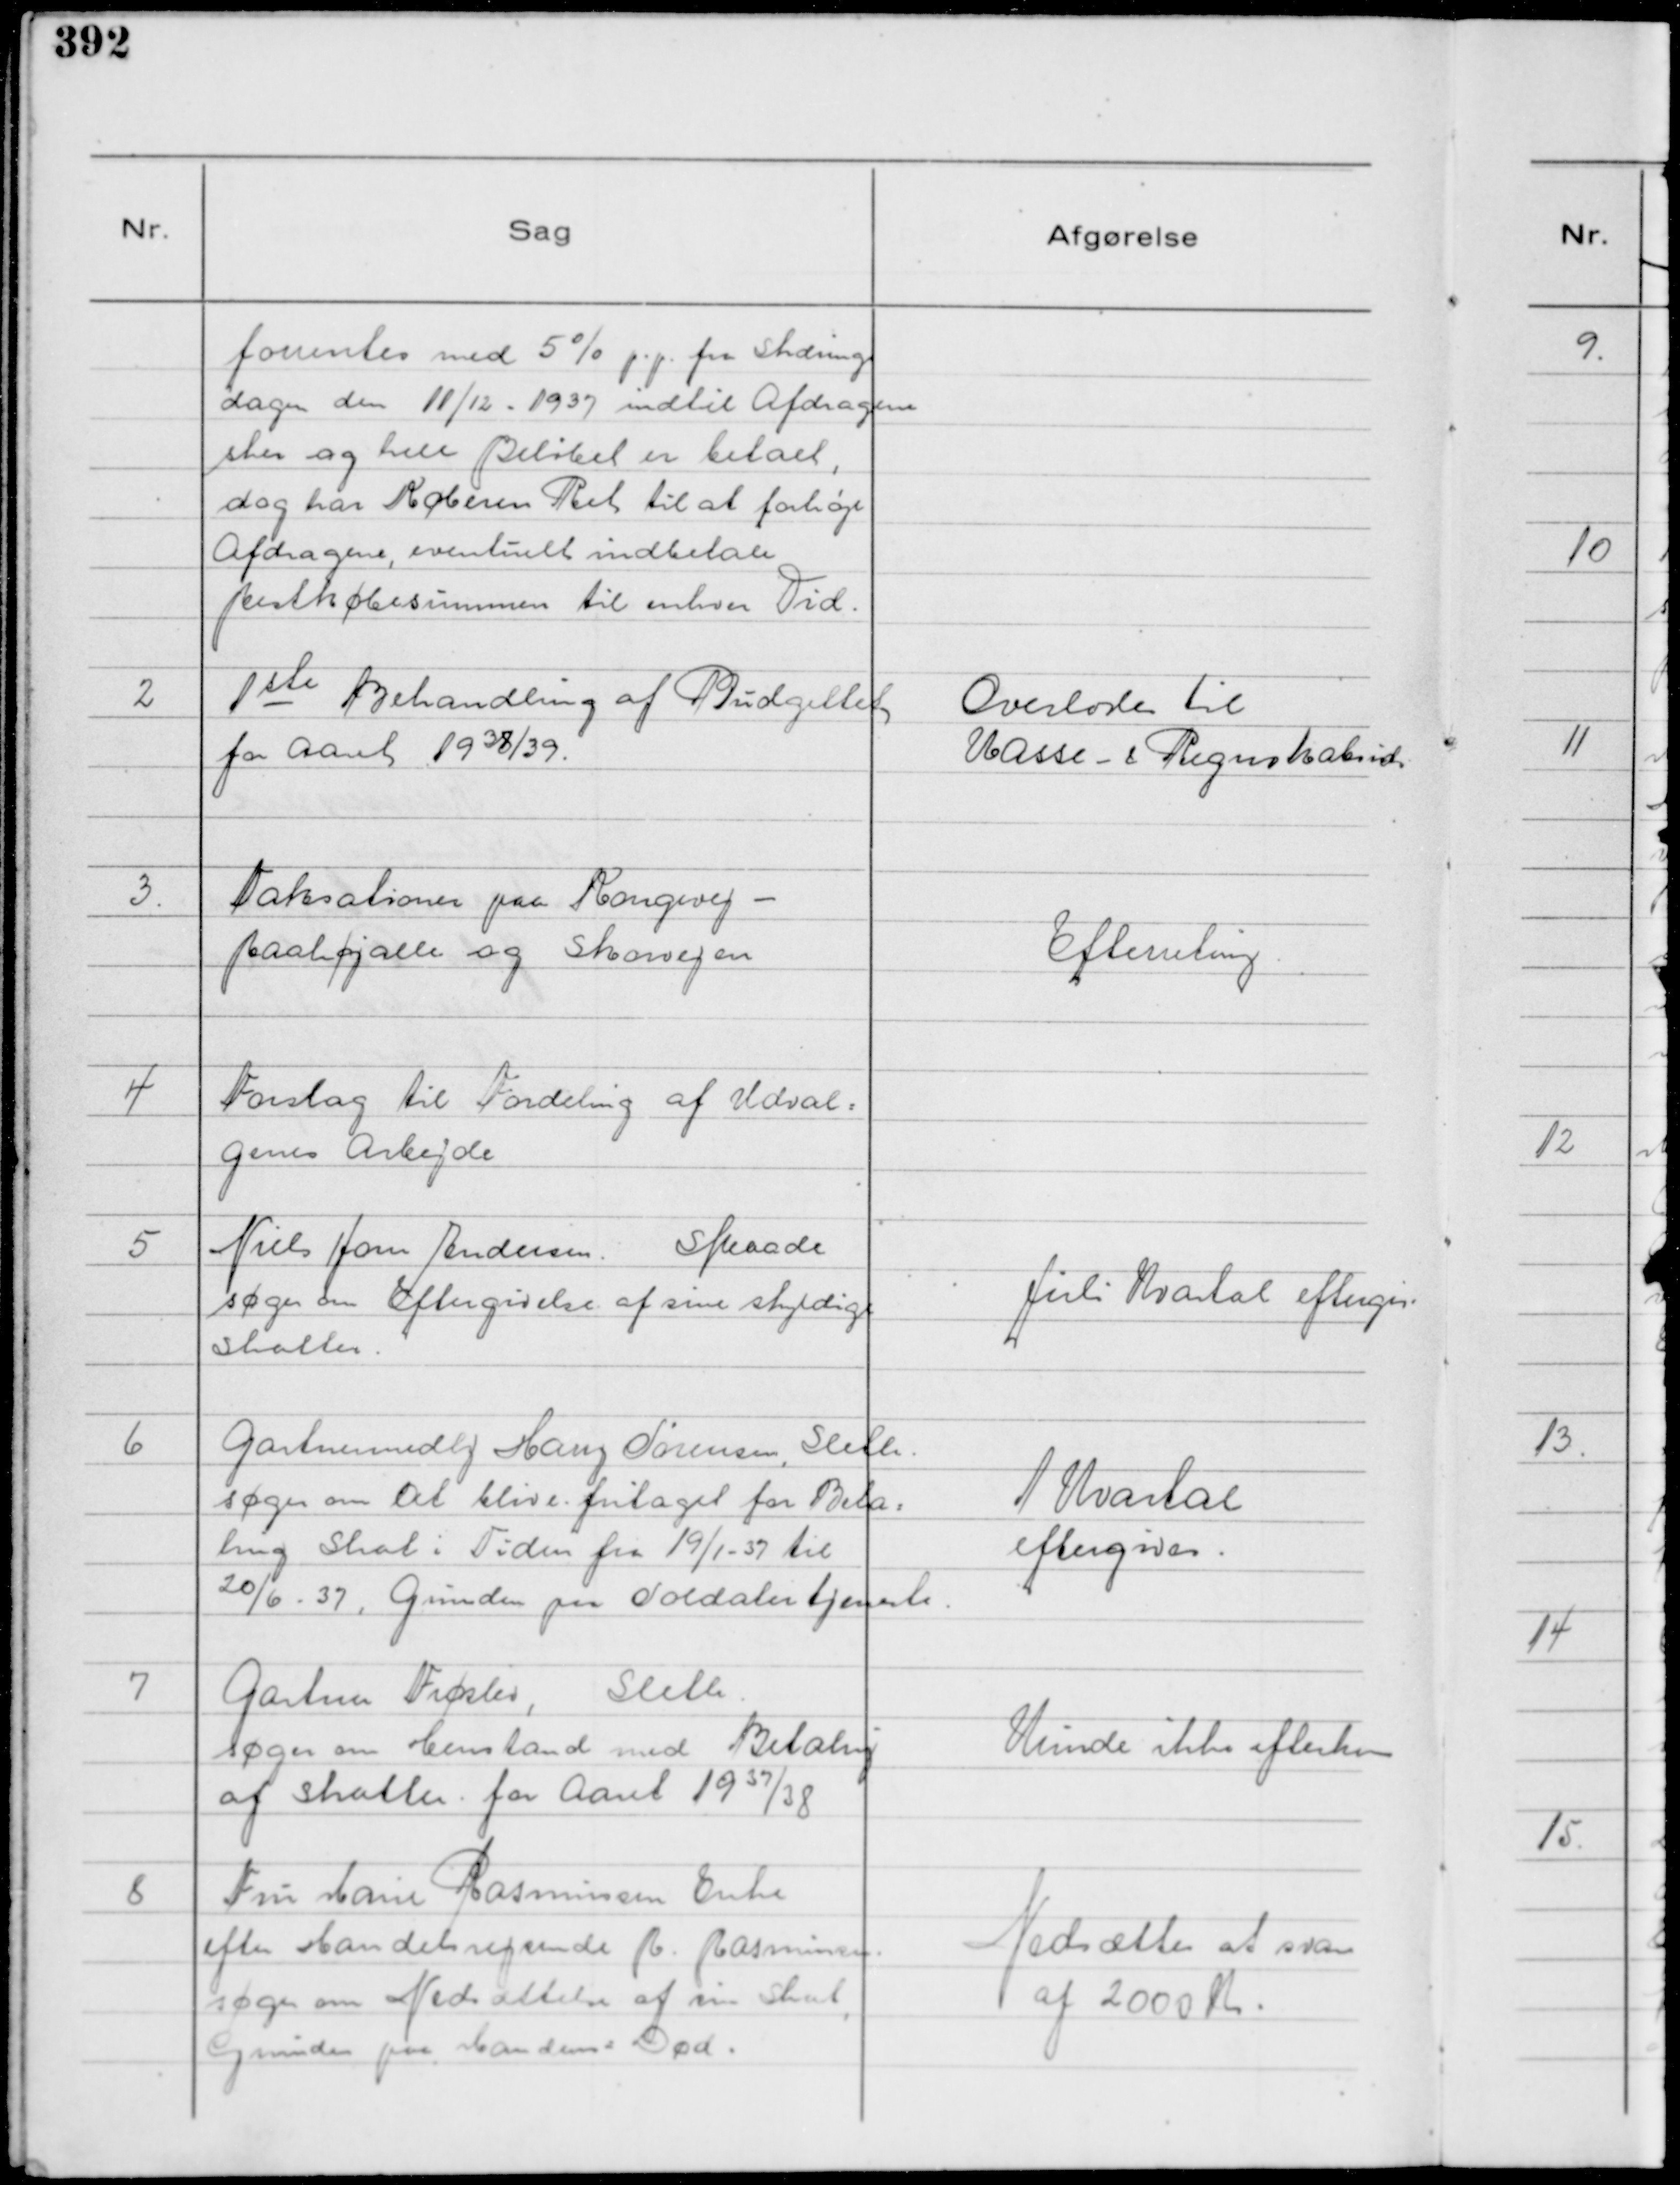
Transskription:
forrentes med 5% p. p. fra Skærings
dagen den 11/12 - 1937 indtil Afdragene
sker og hele Beløbet er betalt,
dog har Køberen Ret til at forhøje
Afdragene, eventuelt indbetale
Restkøbesummen til erhver Tid.

2
1 ste Behandling af Budgettet
for Aaret 1938/39.

Overlodes til
Kasse- & Regnskabsudv.

3.
Taksationer paa Kongevej -
Raahøjalle og Skovvejen

Efterretning.

4
Forslag til Fordeling af Udval=
genes Arbejde

5
Niels Hans Andersen. Skaade
søger om Eftergivelse af sine skyldige
Skatter.

Juli Kvartal eftergis.

6
Gartnermedhj Harry Sørensen, Sleth.
søger om at blive fritaget for Beta=
ling Skat i Tiden fra 19/1 - 37 til
20/6 - 37, Grunden paa Soldatertjeneste.

1 Kvartal
eftergives.

7
Gartner Frøslev, Sleth.
søger om Henstand med Betaling
af Skatter . for Aaret 1937/38

Kunde ikke efterkom

8
Fru Marie Rasmussen Enke
efter Handelsrejsende R. Rasmussen.
søger om Nedsættelse af sin Skat,
Grunden paa Mandens Død.

Nedsættes at svare
af 2000 Kr.